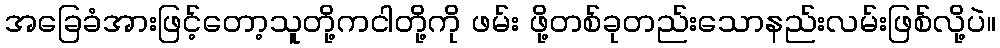
အခြေခံအားဖြင့်တော့သူတို့ကငါတို့ကို ဖမ်း ဖို့တစ်ခုတည်းသောနည်းလမ်းဖြစ်လို့ပဲ။